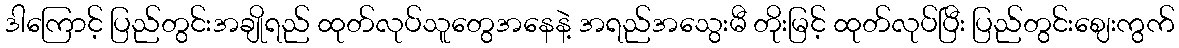
ဒါကြောင့် ပြည်တွင်းအချိုရည် ထုတ်လုပ်သူတွေအနေနဲ့ အရည်အသွေးမီ တိုးမြင့် ထုတ်လုပ်ပြီး ပြည်တွင်းဈေးကွက်